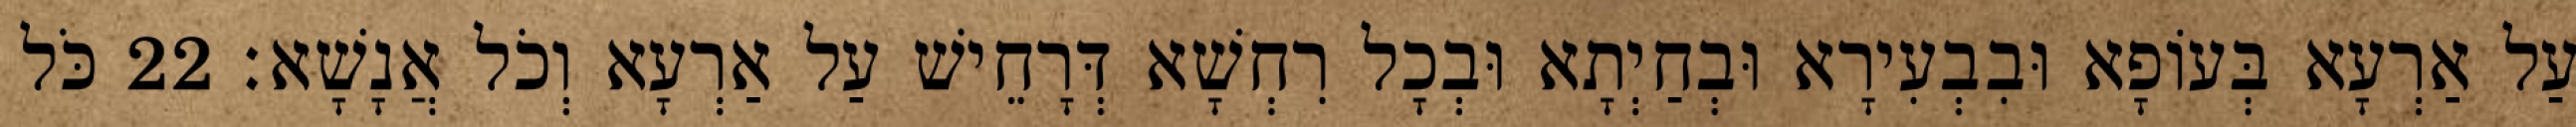
עַל אַרְעָא בְּעוֹפָא וּבִבְעִירָא וּבְחַיְתָא וּבְכָל רִחְשָׁא דְּרָחֵישׁ עַל אַרְעָא וְכֹל אֲנָשָׁא׃ 22 כֹּל